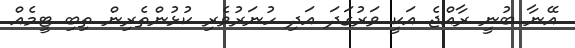
އޭނާ ބުނީ ރާއްޖެ އަކީ ވަރުގަދަ އަދި ހުނަރުވެރި ކުޅުންތެރިން ތިބި ޓީމެއް